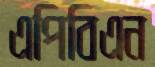
এপিবিএন